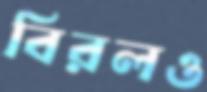
বিরলও